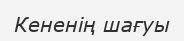
Кененің шағуы